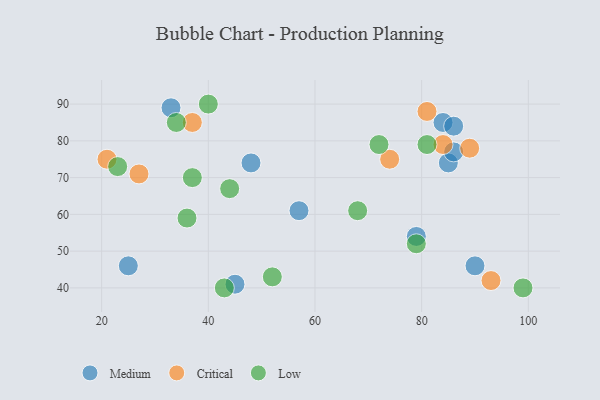
{"axis": {"x": "GDP", "y": "Life Expectancy"}, "legend": ["Critical", "Low", "Medium"], "data": [{"x": "84", "y": 85, "type": "Medium"}, {"x": "90", "y": 46, "type": "Medium"}, {"x": "33", "y": 89, "type": "Medium"}, {"x": "48", "y": 74, "type": "Medium"}, {"x": "79", "y": 54, "type": "Medium"}, {"x": "57", "y": 61, "type": "Medium"}, {"x": "45", "y": 41, "type": "Medium"}, {"x": "85", "y": 74, "type": "Medium"}, {"x": "86", "y": 84, "type": "Medium"}, {"x": "25", "y": 46, "type": "Medium"}, {"x": "86", "y": 77, "type": "Medium"}, {"x": "89", "y": 78, "type": "Critical"}, {"x": "74", "y": 75, "type": "Critical"}, {"x": "84", "y": 79, "type": "Critical"}, {"x": "93", "y": 42, "type": "Critical"}, {"x": "81", "y": 88, "type": "Critical"}, {"x": "27", "y": 71, "type": "Critical"}, {"x": "21", "y": 75, "type": "Critical"}, {"x": "37", "y": 85, "type": "Critical"}, {"x": "43", "y": 40, "type": "Low"}, {"x": "79", "y": 52, "type": "Low"}, {"x": "52", "y": 43, "type": "Low"}, {"x": "40", "y": 90, "type": "Low"}, {"x": "68", "y": 61, "type": "Low"}, {"x": "36", "y": 59, "type": "Low"}, {"x": "37", "y": 70, "type": "Low"}, {"x": "72", "y": 79, "type": "Low"}, {"x": "34", "y": 85, "type": "Low"}, {"x": "44", "y": 67, "type": "Low"}, {"x": "23", "y": 73, "type": "Low"}, {"x": "99", "y": 40, "type": "Low"}, {"x": "81", "y": 79, "type": "Low"}]}